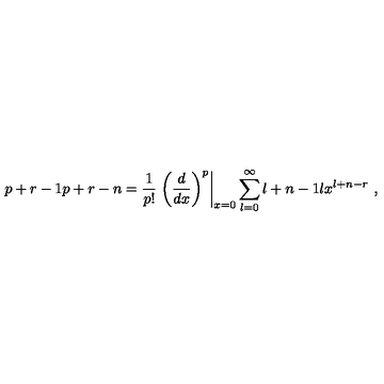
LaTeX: { \binom { p + r - 1 } { p + r - n } } = { \frac { 1 } { p ! } } \left. { \left( { \frac { d } { d x } } \right) ^ { p } } \right\vert _ { x = 0 } \sum _ { l = 0 } ^ { \infty } { \binom { l + n - 1 } { l } } x ^ { l + n - r } \ ,